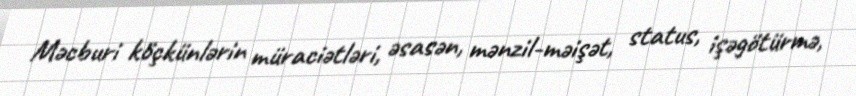
Məcburi köçkünlərin müraciətləri, əsasən, mənzil-məişət, status, işəgötürmə,